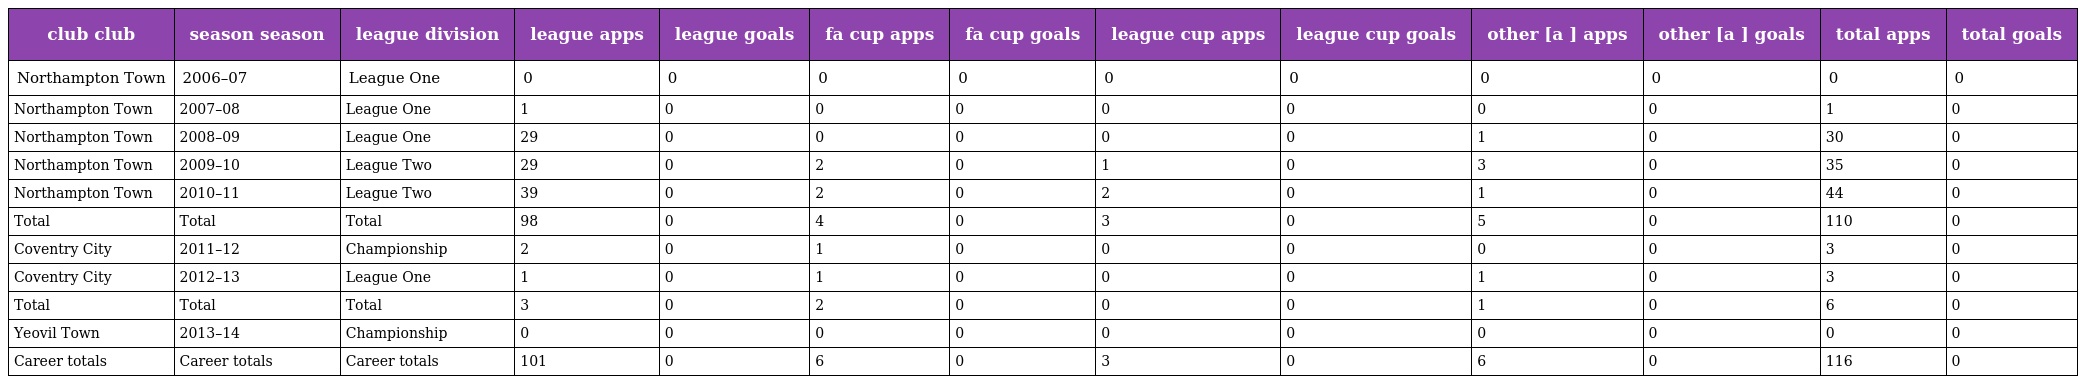
| club club | season season | league division | league apps | league goals | fa cup apps | fa cup goals | league cup apps | league cup goals | other [a ] apps | other [a ] goals | total apps | total goals |
 | --- | --- | --- | --- | --- | --- | --- | --- | --- | --- | --- | --- | --- |
 | Northampton Town | 2006–07 | League One | 0 | 0 | 0 | 0 | 0 | 0 | 0 | 0 | 0 | 0 |
 | Northampton Town | 2007–08 | League One | 1 | 0 | 0 | 0 | 0 | 0 | 0 | 0 | 1 | 0 |
 | Northampton Town | 2008–09 | League One | 29 | 0 | 0 | 0 | 0 | 0 | 1 | 0 | 30 | 0 |
 | Northampton Town | 2009–10 | League Two | 29 | 0 | 2 | 0 | 1 | 0 | 3 | 0 | 35 | 0 |
 | Northampton Town | 2010–11 | League Two | 39 | 0 | 2 | 0 | 2 | 0 | 1 | 0 | 44 | 0 |
 | Total | Total | Total | 98 | 0 | 4 | 0 | 3 | 0 | 5 | 0 | 110 | 0 |
 | Coventry City | 2011–12 | Championship | 2 | 0 | 1 | 0 | 0 | 0 | 0 | 0 | 3 | 0 |
 | Coventry City | 2012–13 | League One | 1 | 0 | 1 | 0 | 0 | 0 | 1 | 0 | 3 | 0 |
 | Total | Total | Total | 3 | 0 | 2 | 0 | 0 | 0 | 1 | 0 | 6 | 0 |
 | Yeovil Town | 2013–14 | Championship | 0 | 0 | 0 | 0 | 0 | 0 | 0 | 0 | 0 | 0 |
 | Career totals | Career totals | Career totals | 101 | 0 | 6 | 0 | 3 | 0 | 6 | 0 | 116 | 0 |